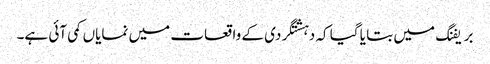
بریفنگ میں بتا یا گیا کہ دہشتگردی کے واقعات میں نمایاں کمی آئی ہے۔